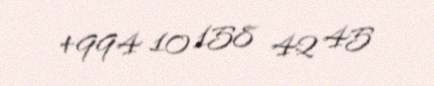
+994 10 158 42 45